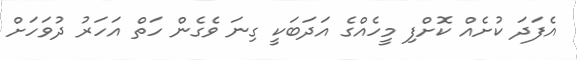
އެފަދަ ކުށެއް ކޮށްފި މީހެއްގެ އަދަބަކީ ގިނަ ވެގެން ހަތް އަހަރު ދުވަހަށް